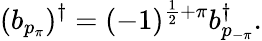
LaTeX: (b_{p_{\pi}})^{\dagger}=(-1)^{\frac{1}{2}+\pi}b_{p_{-\pi}}^{\dagger}.